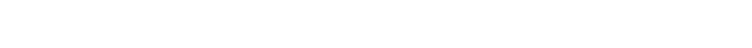
ပရိယောဓာယ၊ သင့်သောအကြေင်းကို ထည့်သွင်း၍။ အတ္ထံ၊ ငါ၏အကျိုးစီးပွားကို။